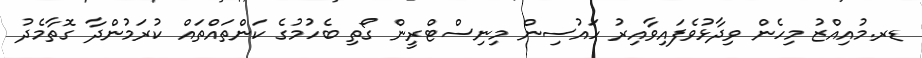
ޑރ.މުއިއްޒު މިހެން ވިދާޅުވެފައިވާއިރު ހައުސިން މިނިސްޓްރީން ގޯތި ބެހުމުގެ ކަންތައްތައް ކުރަމުންދާ ގޮތާމެދު